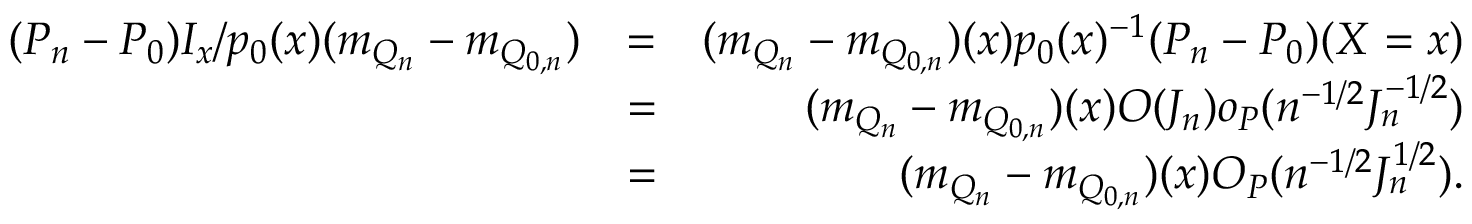
\begin{array} { r l r } { ( P _ { n } - P _ { 0 } ) I _ { x } / p _ { 0 } ( x ) ( m _ { Q _ { n } } - m _ { Q _ { 0 , n } } ) } & { = } & { ( m _ { Q _ { n } } - m _ { Q _ { 0 , n } } ) ( x ) p _ { 0 } ( x ) ^ { - 1 } ( P _ { n } - P _ { 0 } ) ( X = x ) } \\ & { = } & { ( m _ { Q _ { n } } - m _ { Q _ { 0 , n } } ) ( x ) O ( J _ { n } ) o _ { P } ( n ^ { - 1 / 2 } J _ { n } ^ { - 1 / 2 } ) } \\ & { = } & { ( m _ { Q _ { n } } - m _ { Q _ { 0 , n } } ) ( x ) O _ { P } ( n ^ { - 1 / 2 } J _ { n } ^ { 1 / 2 } ) . } \end{array}